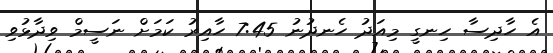
އެ ހާދިސާ ހިނގީ މިއަދު ހެނދުނު 7:45 ހާއިރު ކަމަށް ނަސީމް ވިދާޅުވި